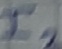
Text: I2